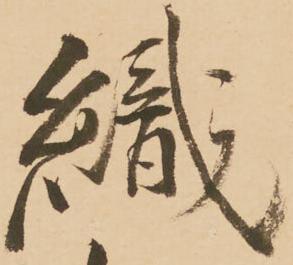
織